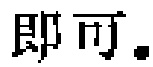
即可.